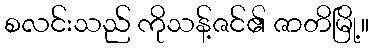
စလင်းသည် ကိုသန့်ဇင်၏ ဇာတိမြို့။